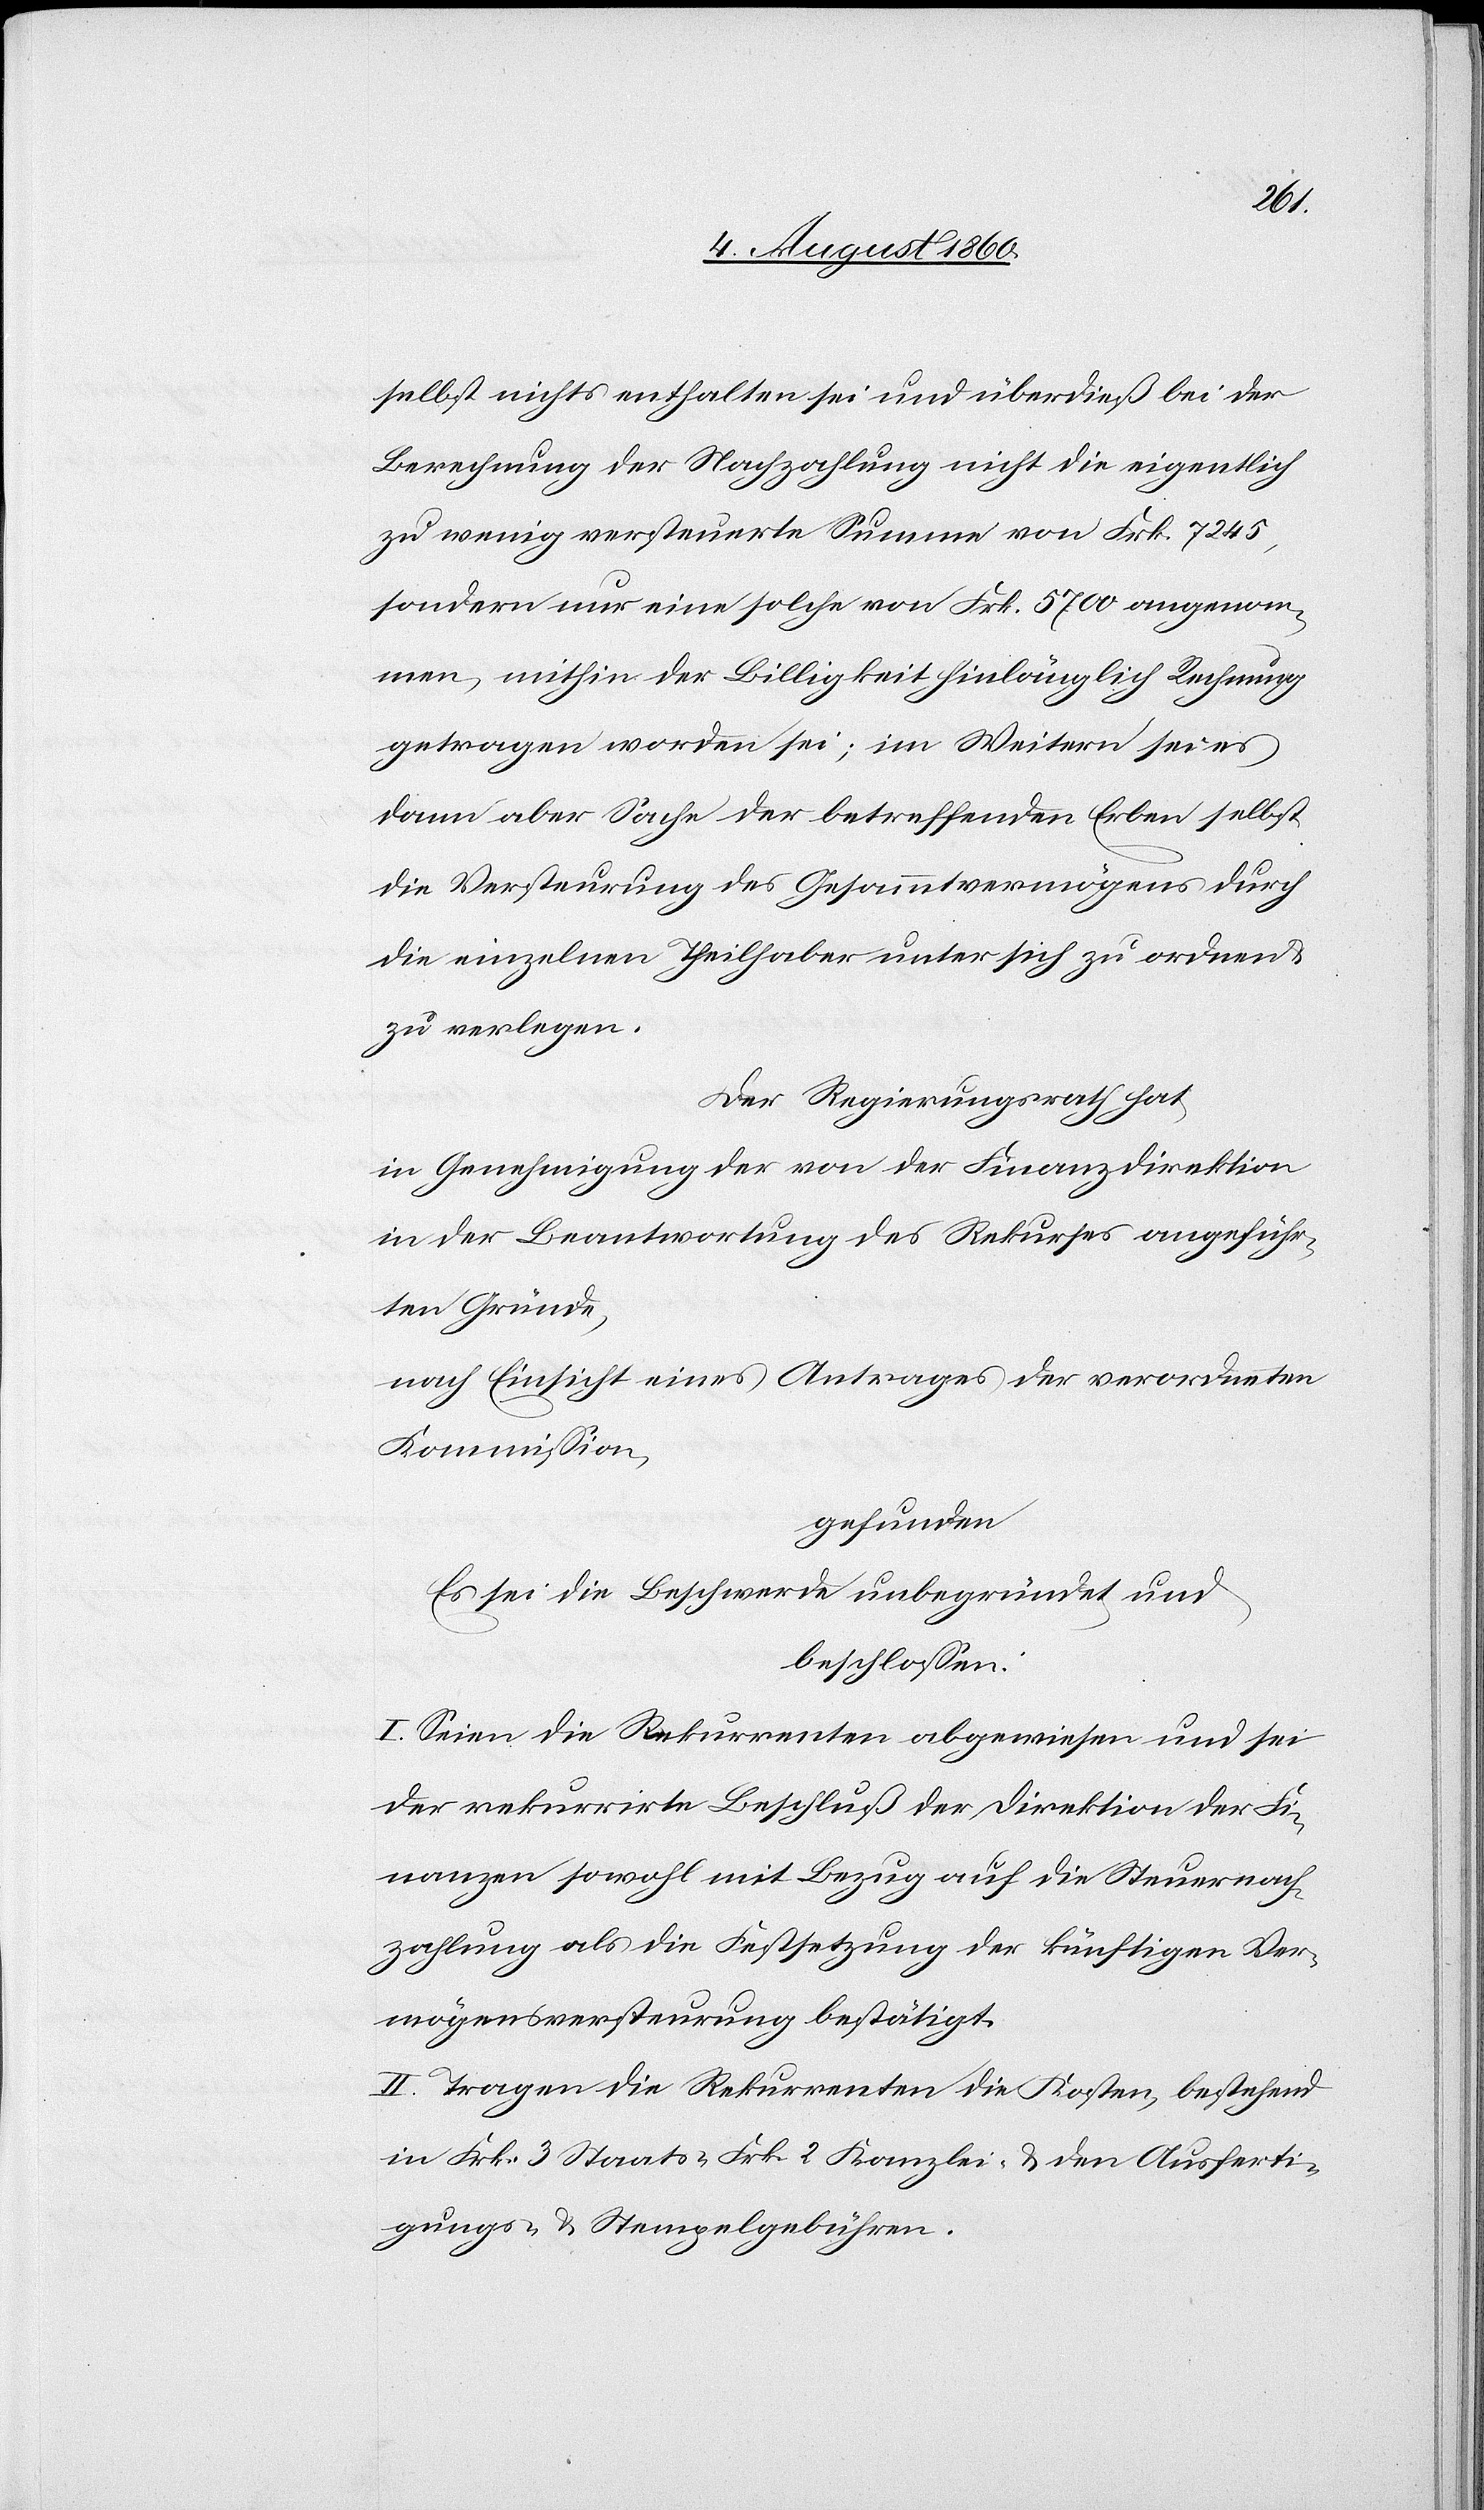
selbst nichts enthalten sei und überdies bei der
Berechnung der Nachzahlung nicht die eigentlich
zu wenig versteuerte Summe von Frk. 7,245,
sondern nur eine solche von Frk. 5700 angenom¬
men, mithin der Billigkeit hinlänglich Rechnung
getragen worden sei; im Weitern sei es
dann aber Sache der betreffenden Erben selbst,
die Versteuerung des Gesammtvermögens durch
die einzelnen Theilhaber unter sich zu ordnen und
zu verlegen.
Der Regierungsrath hat,
In Genehmigung der von der Finanzdirektion
in der Beantwortung des Rekurses angeführ¬
ten Gründe,
nach Einsicht eines Antrages der verordneten
Kommission,
gefunden
Es sei die Beschwerde unbegründet und
beschlossen:
I. Seien die Rekurrenten abgewiesen und sei
der rekurrirte Beschluß der Direktion der Fi¬
nanzen sowol mit Bezug auf die Steuernach¬
zahlung als die Festsetzung der künftigen Ver¬
mögensversteurung bestätigt.
II. Tragen die Rekurrenten die Kosten, bestehend
in fcs. 3 Staats- 2 fcs. Kanzlei- und die Ausferti¬
gungs- und Stempelgebühren.